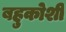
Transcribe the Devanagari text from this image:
बहुकोशी